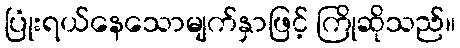
ပြုံးရယ်နေသောမျက်နှာဖြင့် ကြိုဆိုသည်။